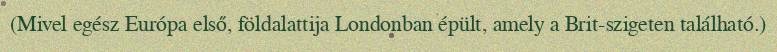
(Mivel egész Európa első, földalattija Londonban épült, amely a Brit-szigeten található.)